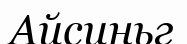
Айсиньг